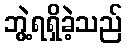
ဘွဲ့ရရှိခဲ့သည်